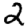
Digit: 2